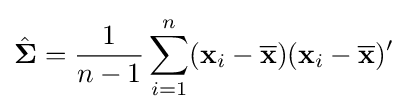
{\hat {\mathbf {\Sigma } }}={\frac {1}{n-1}}\sum _{i=1}^{n}(\mathbf {x} _{i}-{\overline {\mathbf {x} }})(\mathbf {x} _{i}-{\overline {\mathbf {x} }})'